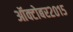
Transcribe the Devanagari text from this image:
ऑक्टोबर२०१५